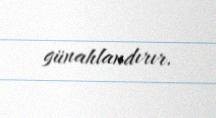
günahlandırır.